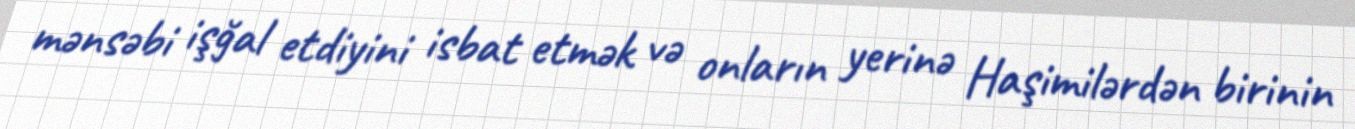
mənsəbi işğal etdiyini isbat etmək və onların yerinə Haşimilərdən birinin